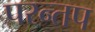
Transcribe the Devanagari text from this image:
परन्तप